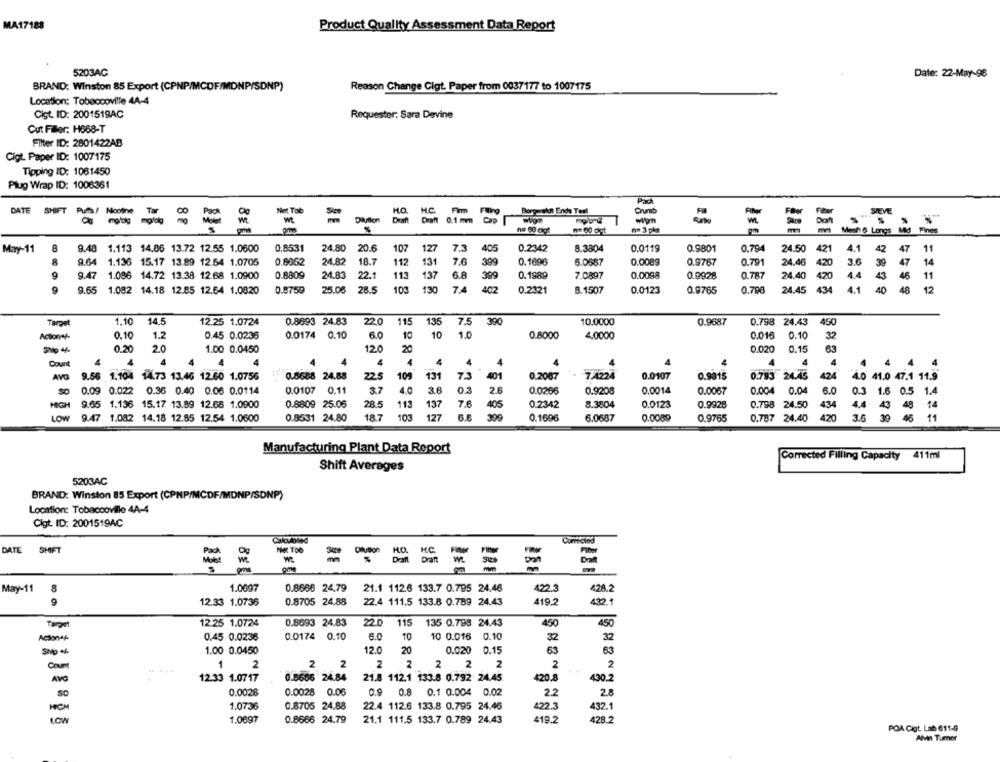
MA17188
Product Quality Assessment Data Report
5203AC
Date: 22-May-96
BRAND: Winston 85 Export (CPNP/MCDF/MDNP/SDNP)
Reason Change Cigt. Paper from 0037177 to 1007175
Location: Tobaccoville 44-4
Cigt. ID: 2001519AC
Requester: Sara Devine
Cut Filler: H668-T
Filter ID: 2801422AB
Cigt. Paper ID: 1007175
Tipping ID: 1061450
Plug Wrap ID: 1006361
DATE SHIFT Puffs! Nooine
Nicotine
Net. Tob
Size
HO.
Firm
Borperest Ende Teal
Crumb
= =
Wt
Dilution
orn 0.1 mm
Wpn
STEVE
Menn & Longs Med ine
May-11
8
9.48 1.113 14.86 13.72 12.55 1.0600
0.8531
24.80
20.6
107
127
7.3
405
0.2342
8.3804
0.0119
0.9801
0.794
24.50 421
4.1
42
47
24.82
18.7
9.04
1.136 15.17 13.89 12.54 1.0705
0.8662
112
131
7.6
399
0.1696
6.0687
0.0089
0.9767
0.791
3.6
14
9
9.47
0.8809
24.83
22.1
113
137
6.8
0.1989
7.0897
0.0098
0.9928
0.787
24.40
11
1.086 14.72 13.38 12.68 1.0900
399
420
4.4 43 45
9
0.8759
25.06
28.5
103
130
7.4
402
0.2321
8.1507
0.0123
0.9765
0.796
24.45
4.1
40
48
12
9.65 1.082 14.18 12.85 12.54 1.0820
1.10
14.5
22.0
10.0000
450
Tarpet
12.25 1.0724
0.8693 24.83
115
135
7.5
390
0.9687
0.798 24.43
Action+/-
0.10
1.2
0.45 0.0236
0.0174 0.10
6.0
10
10
1.
0.8000
4,0000
0.016
0.10
32
0.20
20
1.00 0.0450
120
20
0.020
0.15
63
Count
4
4
4
4
4
4
4
4
4
4
4 .4
4
AVO
9.56 1.104 14.73 13.46 12.60 1.0756
0.8688 24.88
22.5
109
131
401
0.2087
7.4224
0.0107
0,9015
0.783 24.45
424
10 41.0 47.1 11.5
37
4.0
0.0014
0.09 0.022 0.36 0.40 0.06 0.0114
0.0107 0.11
3.6
0.3
2.6
0.0266
0.9208
0.0067
0.004 0.04
6.0
0.3
1.6 0.5 1.4
HIGH
9.65 1.136 15.17 13.89 12.68 1.0900
0.8809 25.06
28.5
112
137
7.6
405
0.2342
8.3804
0.0123
0.9928
0.798 24.50
434
4.4 43 48
LOW
9.47
1.082 14.18 12.85 12.54 1.0600
0.8531 24.80
18.7
103
127
6.8
0.1696
6.0687
0.0089
0.9765
0.787 24.40
420
3.6
30
46
11
Manufacturing Plant Data Report
Corrected Filling Capacity 411ml
Shift Averages
5203AC
BRAND: Winston 85 Export (CPMP/MCDF/MDNP/SDNP)
Location: Tobaccoville 4A-4
Cigt. ID: 2001519AC
Calculbled
Comeciod
DATE
SHIFT
ME TOO
Caution
M.C.
Fiber
Draft
W.
Dat
pins
mm
8
May-11
1.0697
0.8666 24.79
21.1 112.6 133.7 0.795 24.46
422.3
428.2
9
12.33 1.0736
0.8705 24.88
22.4 111.5 133.8 0.789 24.43
419.2
432 1
Target
12.25 1.0724
0.8693 24.83
22.0
115
135 0.798 24.43
450
450
Action++
0.45 0.0236
0.0174 0.10
6.0
10
10 0.016 0.10
32
32
Ship
1.00 0.0450
12.0
20
0.020 0.15
63
63
2
2
2
2
2
2
Count
1
2
2 2
12.33 1.0717
0.8686 24.84
21.8 112.1 133.8 0.792 24.45
420.8
430.2
AVG
0.0028
0.0028 0.06
0.9 0.8 0.1 0.004 0.02
2.2
2.8
SO
1.0736
0.8705 24.88
22.4 112.6 133.8 0.795 24.46
422.3
432.1
LOW
1.0697
0.8666 24.79
21.1 111.5 133.7 0.789 24.43
419.2
428.2
POA Cigt. Lab 611-9
Alvin Turmer